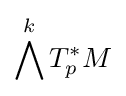
\bigwedge ^{k}T_{p}^{*}M